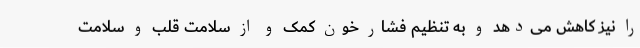
را نیز کاهش می‌دهد و به تنظیم فشار خون کمک و از سلامت قلب و سلامت